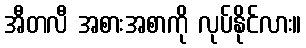
အီတလီ အစားအစာကို လုပ်နိုင်လား။